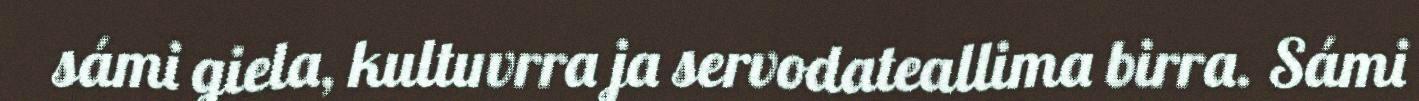
sámi giela, kultuvrra ja servodateallima birra. Sámi